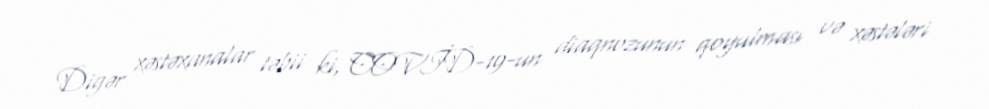
Digər xəstəxanalar təbii ki, COVİD-19-un diaqnozunun qoyulması və xəstələri